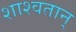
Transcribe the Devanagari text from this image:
शाश्वतान्